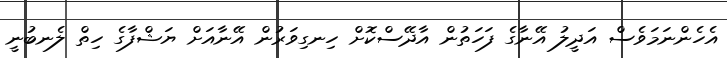
އެހެންނަމަވެސް އަދީލު އޭނާގެ ފަހަތުން އާދޭސްކޮށް ހިނގިވަރުން އޭނާއަށް ޔަޝްފާގެ ހިތް ލެނބުނީ